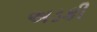
અડકી